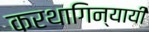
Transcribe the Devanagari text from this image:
करथागिन्यायी